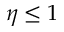
\eta \le 1